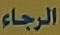
الرجاء